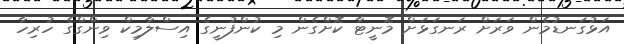
އަޅުގަނޑުމެން ވަރަށް ރަނގަޅަށް މޮނީޓާ ކޮށްގެން މި ކުންފުނީގެ އިސްލާމިކް ވިންގްގެ ހުރިހާ